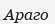
Араго